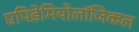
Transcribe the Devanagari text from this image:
एपिडेमियोलॉजिकल